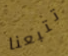
تتبعنا